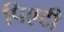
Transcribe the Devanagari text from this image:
पिएटी